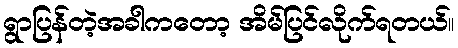
ရွာပြန်တဲ့အခါကတော့ အိမ်ပြင်လိုက်ရတယ်။